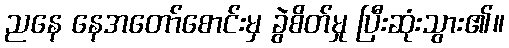
ညနေ နေအတော်စောင်းမှ ခွဲစိတ်မှု ပြီးဆုံးသွား၏။